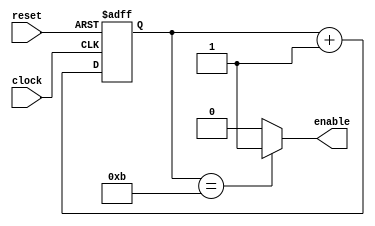
module counter (
					input clock,
					input reset,
					output reg enable);
		
		reg [3:0] counter;
		
		always @ (negedge clock or posedge reset)
			begin 
				if(reset)
					counter <= 0;
				else
					counter <= counter + 1;
			end
					
		always @ (*)
			if(counter == 4'd11)
				enable = 1;
			else
				enable = 0;
endmodule